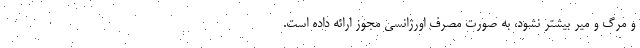
و مرگ و میر بیشتر نشود، به صورت مصرف اورژانسی مجوز ارائه داده است.